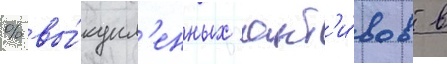
% вы́купл'енных акт'и́вов в